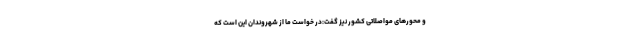
و محورهای مواصلاتی کشور نیز گفت:‌در خواست ما از شهروندان این است که